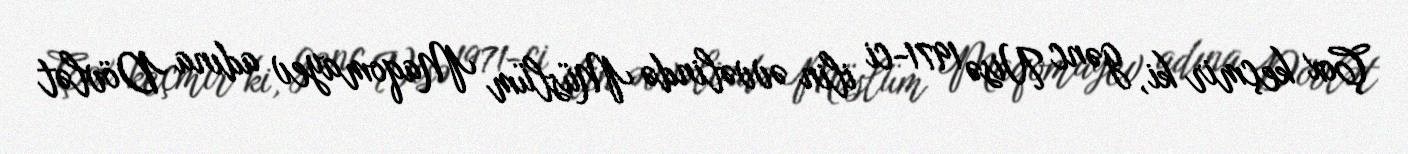
Çox keçmir ki, gənc Nisə 1971-ci ilin əvvəlində Müslüm Maqomayev adına Dövlət